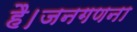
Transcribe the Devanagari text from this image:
है।जनगणना